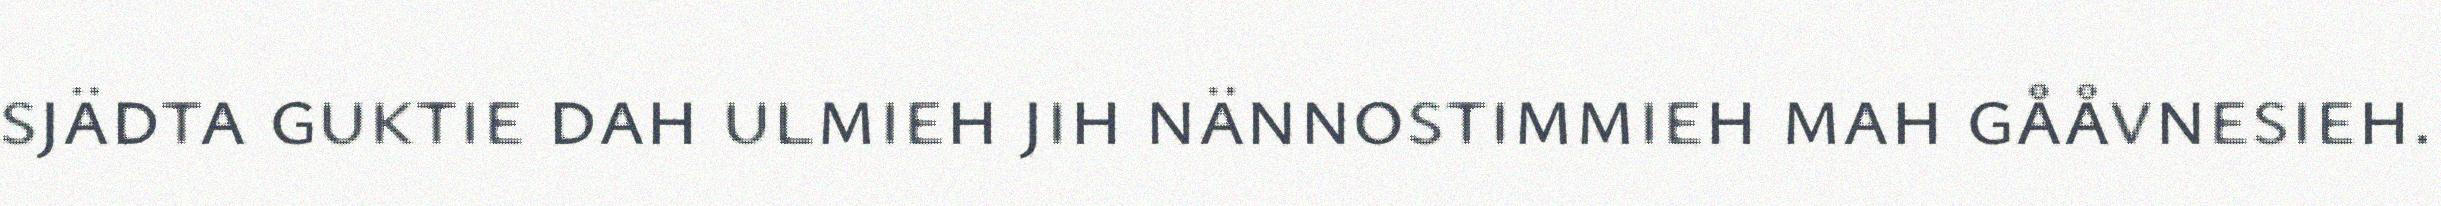
sjädta guktie dah ulmieh jih nännostimmieh mah gååvnesieh.